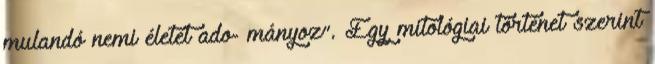
mulandó nemi életet ado- mányoz”. Egy mitológiai történet szerint